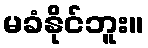
မခံနိုင်ဘူး။